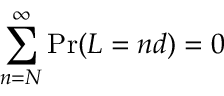
\sum _ { n = N } ^ { \infty } \operatorname* { P r } ( L = n d ) = 0